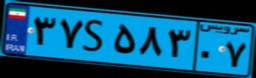
۵۵S۴۷۷۷۷